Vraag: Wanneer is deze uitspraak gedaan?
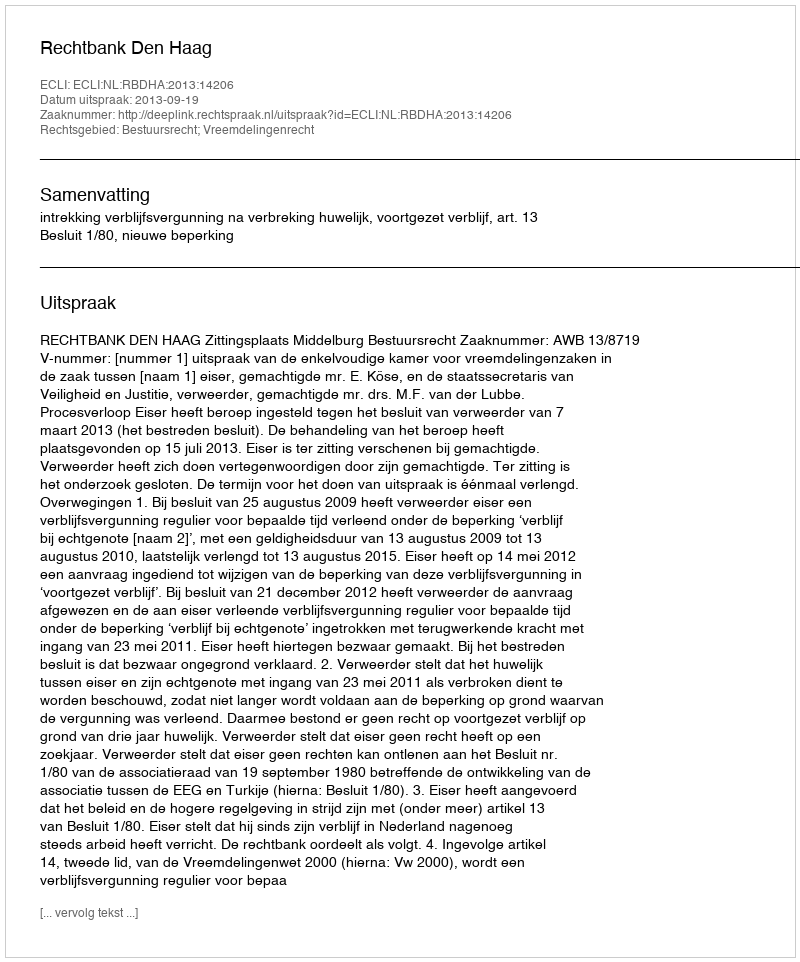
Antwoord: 2013-09-19